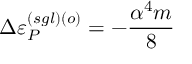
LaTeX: \Delta \varepsilon _ { P } ^ { ( s g l ) \left( o \right) } = - \frac { \alpha ^ { 4 } m } { 8 }